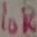
Text: 10K